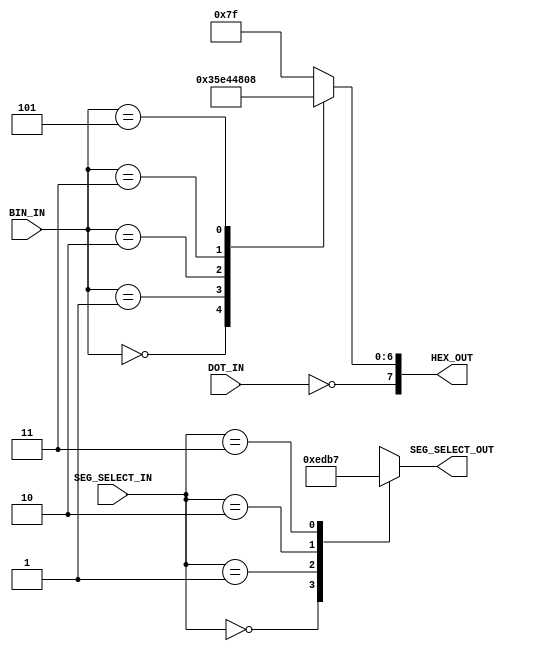
`timescale 1ns / 1ps
//////////////////////////////////////////////////////////////////////////////////
// Company: University of Edinburgh
// s1231893
// Design Name: IR Transmitter
// Module Name:    Seg7Decoder 
// Project Name: Digital Systems Lab
// Target Devices: Basysy 3
// Description: Decodes a number into a 7 segment display signal
//
// Dependencies: None
//
// Revision: 
// Revision 0.01 - File Created
// Additional Comments: 
//
//////////////////////////////////////////////////////////////////////////////////
module Seg7Decoder(
	input [1:0] SEG_SELECT_IN,
	input [3:0] BIN_IN,
	input DOT_IN,
	output reg [3:0] SEG_SELECT_OUT,
	output reg [7:0] HEX_OUT
    );
	 
	 
	 //Segment select case statement
	 always@(SEG_SELECT_IN) begin
		case(SEG_SELECT_IN)
			2'b00		: SEG_SELECT_OUT <= 4'b1110;
			2'b01		: SEG_SELECT_OUT <= 4'b1101;
			2'b10		: SEG_SELECT_OUT <= 4'b1011;
			2'b11		: SEG_SELECT_OUT <= 4'b0111;
			default	: SEG_SELECT_OUT <= 4'b1111;
		endcase
	 end
	
	
	//4 bit input to decoded 7 bit signal for display on LED
	always@(BIN_IN or DOT_IN) begin
		case (BIN_IN)
			4'h0		:	HEX_OUT[6:0] <= 7'b0000011;  // b
			4'h1		:	HEX_OUT[6:0] <= 7'b0101111;  // r
			4'h2		:	HEX_OUT[6:0] <= 7'b0010001;  // y
			4'h3		:	HEX_OUT[6:0] <= 7'b0010000;  // g
			
			4'h5		:	HEX_OUT[6:0] <= 7'b0001000;  // All mode 'A'
			
//			4'h4		:	HEX_OUT[6:0] <= 7'b0011001;
//			4'h5		:	HEX_OUT[6:0] <= 7'b0010010;
//			4'h6		:	HEX_OUT[6:0] <= 7'b0000010;
//			4'h7		:	HEX_OUT[6:0] <= 7'b1111000;
			
//			4'h8		:	HEX_OUT[6:0] <= 7'b0000000;
//			4'h9		:	HEX_OUT[6:0] <= 7'b0010000;
//			4'hA		:	HEX_OUT[6:0] <= 7'b0001000;
//			4'hB		:	HEX_OUT[6:0] <= 7'b0000011;
			
//			4'hC		:	HEX_OUT[6:0] <= 7'b1000110;
//			4'hD		:	HEX_OUT[6:0] <= 7'b0100001;
//			4'hE		:	HEX_OUT[6:0] <= 7'b0000110;
//			4'hF		:	HEX_OUT[6:0] <= 7'b0001110;
			
			default	:	HEX_OUT[6:0] <= 7'b1111111;
		endcase
		
		HEX_OUT[7] <= ~DOT_IN;
	 end
	 
	 
	/*Old 7Seg display decoder, for debugging purposes
	wire A, B, C, D;
	 
	 assign A = BIN_IN[1];
	 assign B = BIN_IN[0];
	 assign C = BIN_IN[3];
	 assign D = BIN_IN[2];
	 
	 
	 //7 Seg display assignments
	 assign HEX_OUT[0] = ((~A&B&~C&~D) | (~A&~B&~C&D) | (~A&B&C&D) | (A&B&C&~D));
	 assign HEX_OUT[1] = ((A&B&C) | (A&~B&D) | (~B&C&D) | (~A&B&~C&D));
	 assign HEX_OUT[2] = ((A&C&D) | (~B&C&D) | (A&~B&~C&~D));
	 assign HEX_OUT[3] = ((A&B&D) | (A&~B&C&~D) | (~A&B&~D) | (~A&~B&~C&D));
	 assign HEX_OUT[4] = ((B&~C) | (~A&~C&D) | (~A&B&~D));	 
	 assign HEX_OUT[5] = ((B&~C&~D) | (A&~C&~D) | (A&B&~C) | (~A&B&C&D));
	 assign HEX_OUT[6] = ((~A&~C&~D) | (~A&~B&C&D) | (A&B&~C&D));
	 assign HEX_OUT[7] = ~DOT_IN;
	*/


endmodule